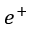
e ^ { + }